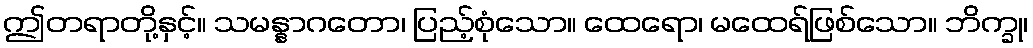
ဤတရာတို့နှင့်။ သမန္နာဂတော၊ ပြည့်စုံသော။ ထေရော၊ မထေရ်ဖြစ်သော။ ဘိက္ခု၊